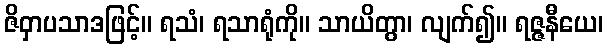
ဇိဝှာပသာဒဖြင့်။ ရသံ၊ ရသာရုံကို။ သာယိတွာ၊ လျက်၍။ ရဇ္ဇနီယေ၊